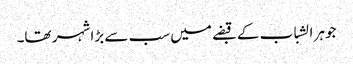
جوہر الشباب کے قبضے میں سب سے بڑا شہر تھا۔